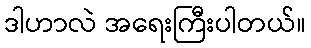
ဒါဟာလဲ အရေးကြီးပါတယ်။